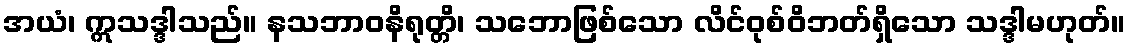
အယံ၊ ဣသဒ္ဒါသည်။ နသဘာဝနိရုတ္တိ၊ သဘောဖြစ်သော လိင်ဝုစ်ဝိဘတ်ရှိသော သဒ္ဒါမဟုတ်။